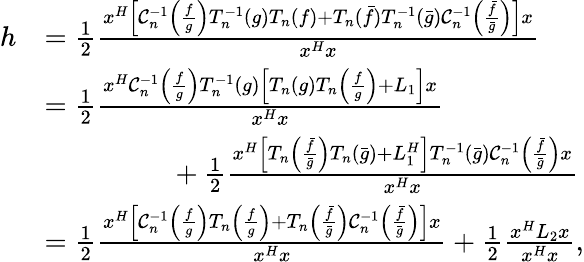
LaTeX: \begin{array}{rl}{h}&{=\frac{1}{2}\frac{x^{H}\left[\mathcal{C}_{n}^{-1}\left(\frac{f}{g}\right)T_{n}^{-1}(g)T_{n}(f)+T_{n}(\bar{f})T_{n}^{-1}(\bar{g})\mathcal{C}_{n}^{-1}\left(\frac{\bar{f}}{\bar{g}}\right)\right]x}{x^{H}x}}\\ &{=\frac{1}{2}\frac{x^{H}\mathcal{C}_{n}^{-1}\left(\frac{f}{g}\right)T_{n}^{-1}(g)\left[T_{n}(g)T_{n}\left(\frac{f}{g}\right)+L_{1}\right]x}{x^{H}x}}\\ &{\phantom{hspace{2pc}}+\frac{1}{2}\frac{x^{H}\left[T_{n}\left(\frac{\bar{f}}{\bar{g}}\right)T_{n}(\bar{g})+L_{1}^{H}\right]T_{n}^{-1}(\bar{g})\mathcal{C}_{n}^{-1}\left(\frac{\bar{f}}{\bar{g}}\right)x}{x^{H}x}}\\ &{=\frac{1}{2}\frac{x^{H}\left[\mathcal{C}_{n}^{-1}\left(\frac{f}{g}\right)T_{n}\left(\frac{f}{g}\right)+T_{n}\left(\frac{\bar{f}}{\bar{g}}\right)\mathcal{C}_{n}^{-1}\left(\frac{\bar{f}}{\bar{g}}\right)\right]x}{x^{H}x}+\frac{1}{2}\frac{x^{H}L_{2}x}{x^{H}x},}\end{array}